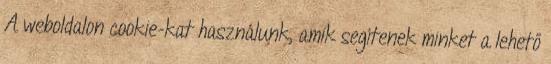
A weboldalon cookie-kat használunk, amik segítenek minket a lehető